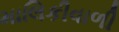
માલિકીવાળી